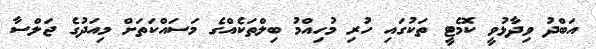
އަބްދު ވިދާޅުވީ ކޮމެޓީ ތަކުގައި ހުރި މުހިއްމު ބިލްތަކެއްގެ މަސައްކަތަށް މިއަދުގެ ޖަލްސާ